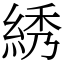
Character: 綉